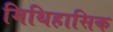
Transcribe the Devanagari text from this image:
मिथिहासिक